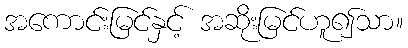
အကောင်းမြင်နှင့် အဆိုးမြင်ဟူ၍သာ။